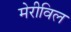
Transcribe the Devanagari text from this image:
मेरीविल